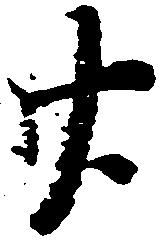
廿